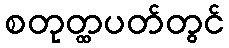
စတုတ္ထပတ်တွင်